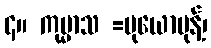
၄။ ကုမ္မာသ =မုယောမုန့်၊